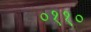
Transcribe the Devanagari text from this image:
०११०